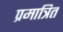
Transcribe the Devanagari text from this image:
प्रमात्रित